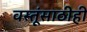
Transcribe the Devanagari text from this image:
वस्तूंसाठीही